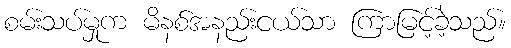
စမ်းသပ်မှုက မိနစ်အနည်းငယ်သာ ကြာမြင့်ခဲ့သည်။